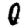
Digit: 0